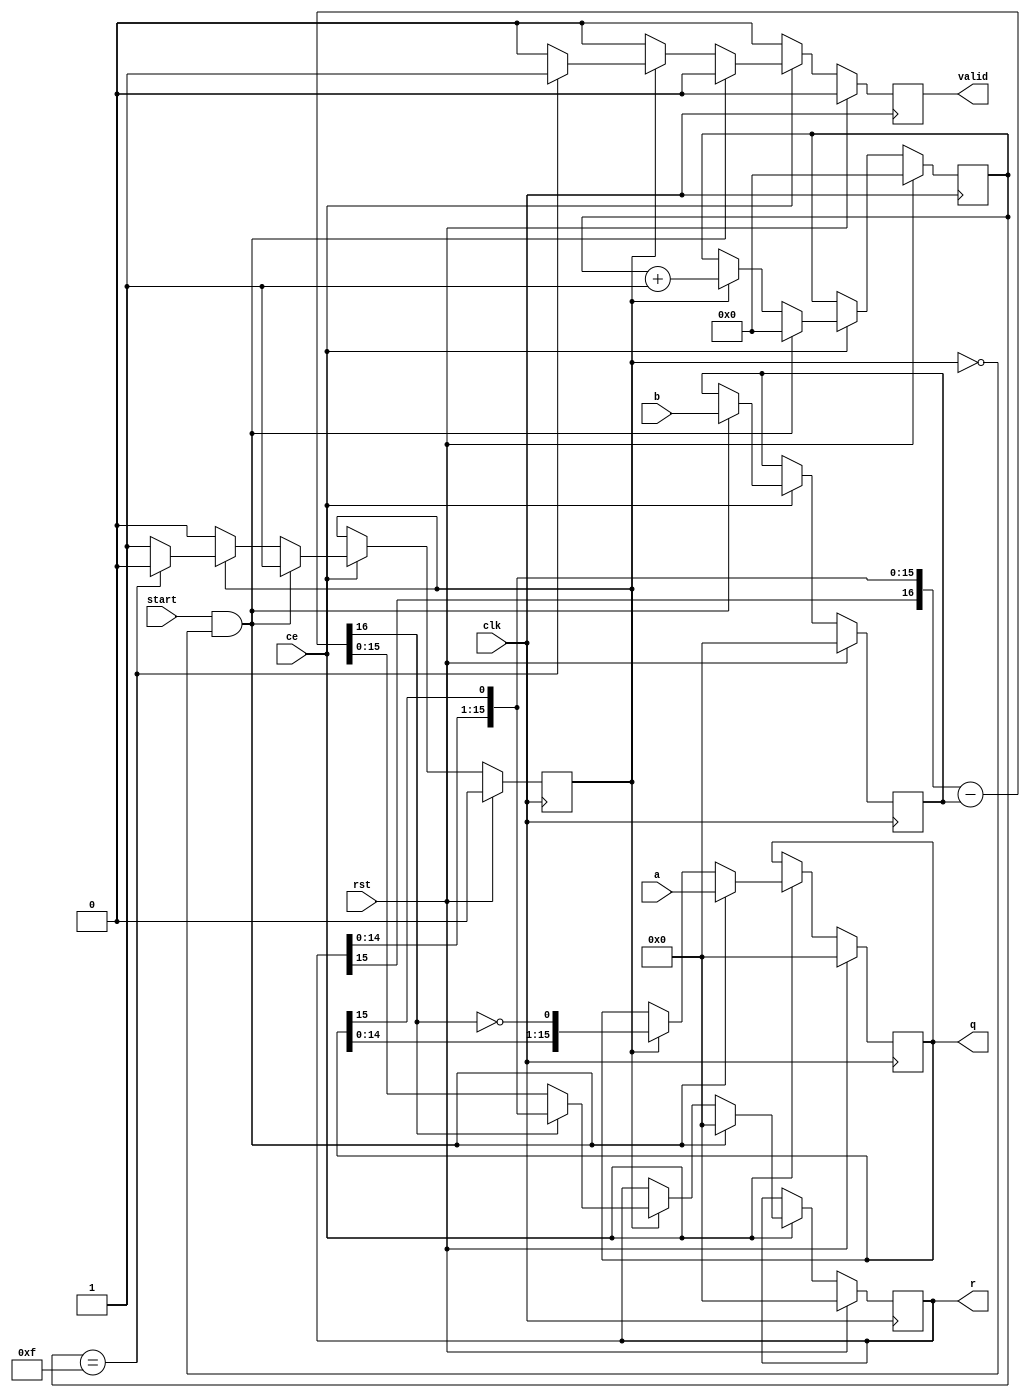
//////////////////////////////////////////////////////////////////////////////////
// Company: 
// 
// Design Name: 
// Module Name:   divider 
// Function:      radix-2 non-restoring fixed-point divider  
//
// Note: 
//    shift-substract approach
//
//    _____   _____________________ 
//   |  c  |  | |      a          |
//    -----   ---------------------
//    __________ 
//   | 0 |   b  |   
//    ---------- 
//
// Revision: 
// Revision 0.01 - File Created
// Additional Comments: 
//
//////////////////////////////////////////////////////////////////////////////////


module divider #( 
      parameter  M  = 16, 
      parameter  N  = 16
) (
   input   wire             clk,
   input   wire             rst,
   input   wire             ce,
   input   wire             start,   
   input   wire [M-1:0]     a,       // Dividend
   input   wire [N-1:0]     b,       // Divisor
   output  wire             valid,   
   output  wire [M-1:0]     q,       // Quotient
   output  wire [N-1:0]     r        // Rmd 
) ; 



   // ---------------------------------------------------------
   //    Variables declaration   
   // ---------------------------------------------------------
function integer clog2;
  input integer value;
  begin
    value = value - 1;
    for (clog2 = 0; value > 0; clog2 = clog2 + 1)
      value = value >> 1;
  end
endfunction

   parameter    STEP_BITS  = clog2(M) ; 

   reg   [ M-1 : 0 ]       a_r; 
   reg   [ N-1 : 0 ]       b_r; 
   reg   [ N-1 : 0 ]       c_r;

   wire  [ N : 0 ]         b_ext ;
   wire  [ N : 0 ]         c_ext ;

   wire  [ N-1 : 0 ]       diff;
   wire                    sig_minus;

   reg   [ STEP_BITS-1:0]  step ; 
   reg   busy ; 
   reg   valid_r ; 



   // ---------------------------------------------------------
   //    Combination Logic   
   // ---------------------------------------------------------

   assign b_ext   =  { 1'b0, b_r } ; 

   assign c_ext   =  { c_r, a_r[M-1] } ;  

   assign { sig_minus, diff }  = c_ext - b_ext ; 

   // ---------------------------------------------------------
   //    Sequential Logic   
   // ---------------------------------------------------------

   always @( posedge clk ) begin 
      if ( rst ) begin 
         a_r      <=  'h0; 
         b_r      <=  'h0;
         c_r      <=  'h0 ; 
         busy     <=  1'b0;
         step     <=  'h0 ;  
         valid_r  <= 1'b0 ; 
      end else begin 
         valid_r  <= 1'b0 ; 
         if ( ce == 1'b1 ) begin 
            if ( start & ~busy ) begin 
               a_r      <=  a; 
               b_r      <=  b;
               c_r      <=  'h0 ; 
               busy     <=  1'b1;
               step     <=  'h0 ;  
            end else if ( busy ) begin 
               if ( sig_minus ) begin 
                  c_r   <= c_ext[N-1:0] ;
               end else begin 
                  c_r   <= diff ; 
               end
               
               a_r      <= { a_r[M-2:0],  ~sig_minus } ; 
               
               step     <= step + 1'b1 ; 
               if ( step == (M-1) ) begin 
                  busy  <= 1'b0 ; 
                  valid_r  <= 1'b1 ; 
               end
            end
         end
      end
   end


   //---------------------------------------
   //   Output interface signals  
   //---------------------------------------
      
   assign  q            =  a_r ; 
   assign  r            =  c_r[N-1:0] ;  
   assign  valid        =  valid_r;
endmodule